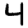
Digit: 4